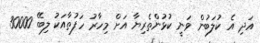
އަދި އެ ކުލަބުން ވަނީ ކުޅުންތެރިޔާ އަށް މިހާރު ހަފުތާއަކު ލިބޭ 30000